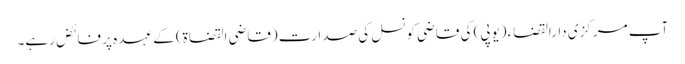
آپ مرکزی دارالقضاء (یوپی) کی قاضی کونسل کی صدارت (قاضی القضاۃ) کے عہدہ پر فائض رہے۔